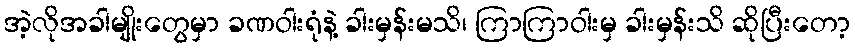
အဲ့လိုအခါမျိုးတွေမှာ ခဏဝါးရုံနဲ့ ခါးမှန်းမသိ၊ ကြာကြာဝါးမှ ခါးမှန်းသိ ဆိုပြီးတော့